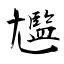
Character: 尷